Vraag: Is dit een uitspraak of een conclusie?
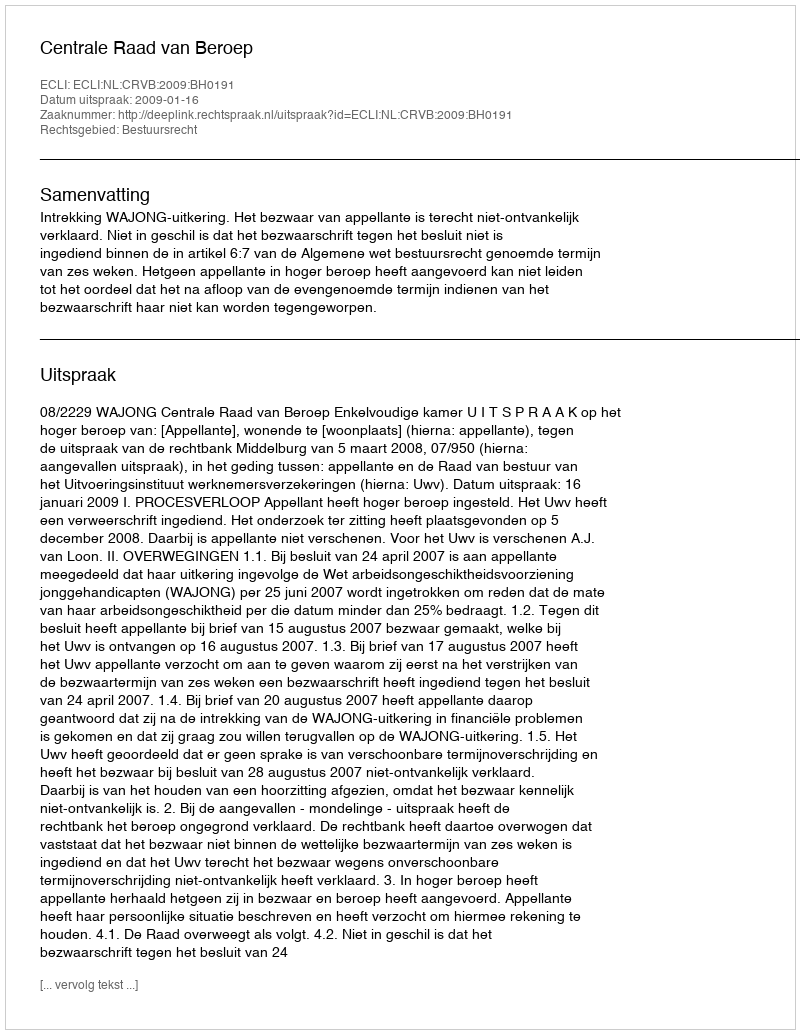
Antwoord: Uitspraak